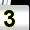
Digit: 3